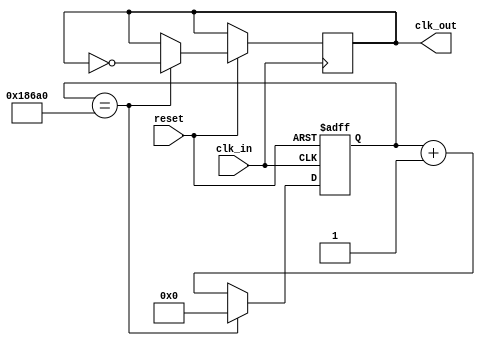
`timescale 1ns / 1ps
//////////////////////////////////////////////////////////////////////////////////
// Company: 
// Engineer: 
// 
// Design Name: 
// Module Name: segmentDiv
// Project Name: 
// Target Devices: 
// Tool Versions: 
// Description: 
// 
// Dependencies: 
// 
// Revision:
// Revision 0.01 - File Created
// Additional Comments:
// 
//////////////////////////////////////////////////////////////////////////////////


module segmentDiv(clk_in,
						reset,
						clk_out
    );
	input clk_in;
	input reset;
	output reg clk_out;
	
	reg [31:0]counter; 
	 
	initial begin 
		counter <= 0;
		clk_out <= 0;
	end

	always @(posedge clk_in or negedge reset) begin 
		if(~reset) 
			counter <= 0;
		else begin
			if(counter == 100000)begin 
				counter <= 0;
				clk_out <= ~clk_out;
			end
			else begin 
				counter <= counter + 1'b1;
			end
		end
	end

endmodule